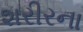
શરીરના